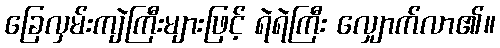
ခြေလှမ်းကျဲကြီးများဖြင့် ရဲရဲကြီး လျှောက်လာ၏။